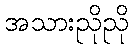
အသားညိုညို